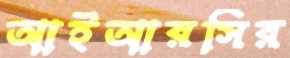
আইআরসির